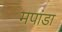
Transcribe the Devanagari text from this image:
मपांडा